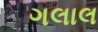
ગલાલ